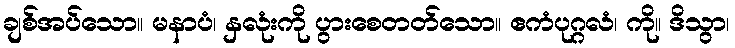
ချစ်အပ်သော။ မနာပံ၊ နှလုံးကို ပွားစေတတ်သော။ ဧကံပုဂ္ဂလံ၊ ကို။ ဒိသွာ၊